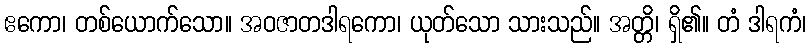
ဧကော၊ တစ်ယောက်သော။ အဝဇာတဒါရကော၊ ယုတ်သော သားသည်။ အတ္တိ၊ ရှိ၏။ တံ ဒါရကံ၊